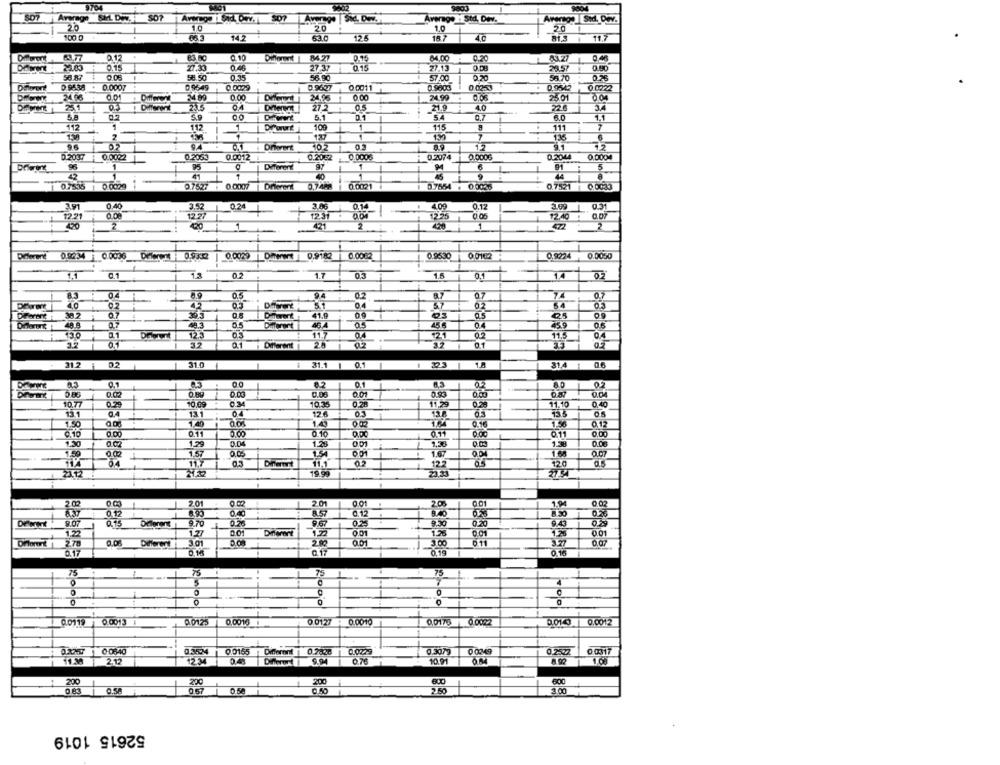
9704
9803
Average SIHL DVD. SO?
Average : Std. Dev.
Average Sil. Dov.
2.0
1.0
20
1.0
20
100.0
06.3
14.2
81.3
11.7
0.12
83.80
0.10
Different | 84.27
0.15
84,00
0.20
A1.27
0.46
0.15
27.33
0.46
27 37
0.15
27.13
O.DB
28.57
0.90
58 87
58.50
56.90
57.00
0.20
SA 70
Dalorort
0 9538
0.0007
0.0549
0.0029
0.9627
0 0011
0 9803
0.0253
0.9542
0.0222
24.96
0.01
24 89
0.00
24.96
0.00
24.99
25.01
0.04
Different
233
27.2
0.5
21.9
40
3.4
5.9
5.1
54
0.7
1.1
0.1
112
1
112
1
115
111
7
136
6
94
102
12
9.1
12
0.2037
0.0022
0.2053
0.0012
0.2062
0.0008
0.2074
0.0006
0.2044
0.0004
95
0
Different
91
5
41
07535 : 0.0029
0 0029
0.7527 : 0.0007
Diferent
0.7488
0.0021
1 :07554 + 0.0025
0.7521
0,0033
3.91
0.40
0.14
4.09
0.1:
12.21
122
0.24
+
000
0.05
1
123
12.25
12.40
420
2
421
1
2
0.0006
0.0029 Dewet 0,9182 |
0.0002
0.9530
00102
0.9224
0.0050
1.4
13
1.7
0.3
1.5
1.4
85
0.5
94
0.2
87
27
7.4
0.7
-
42
Diferent
51
04
37
02
30 2
07
36.5
41.9
03
as
Diferent
404
250
0.6
13.0
0.3
11.7
04
21
11.5
04
32
0.1
Different
02
0.1
312 1
31.0
1
$ 31.1 1 0.1
323
314 1 06
8.2
0.1
1
0.05
T
10.77
0.29
10.09
0.3
10.35
11.29
11.10
0.40
13.1
0.4
13.1
0.4
12.6
05
13.8
65
1.64
1.50
1.40
1.41
0.16
1.56
0.10
0.00
01
0.10
0.00
0.11
0.00
1.29
0.0
1.28
1.38
1.30
1.57
1.54
1.67
O.D
1.68
11,7
11.1
02
12.2
120
23.33
2.01
2.0
1.94
0.02
0.12
8.90
0.40
8.57
8.30
0.15
9.70
9.67
0.20
1.77
0.01
Different
1.32
0.01
123
0.01
3.01
2.90
011
0.07
0.16
Q.17
0.10
1.17
75
75
7:
75
0
L
0
Robo
b
0 0013
0.0125
0.0013
0.0127 0.0010
0.0176 0.0022
0.01 9
0.0012
0-0640
0.3534
0.0155
Different | 0.2648
0.3079
0.2547
0 0317
2.12
0.4
Different
10.91
200
200
200
600
0.57
2.50
0.83
1
0.5
3.00
52615 1019